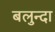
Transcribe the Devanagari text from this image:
बलुन्दा